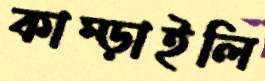
কাম্‌ড়াইলি